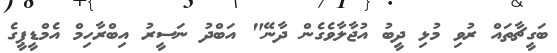
ބަގީޗާތައް ރުވި މުޅި ދީބު އުޖާލާވެގެން ދާނޭ" އަބްދު ނަސީރު އިބްރާހިމް އެމްޑީޕީގެ